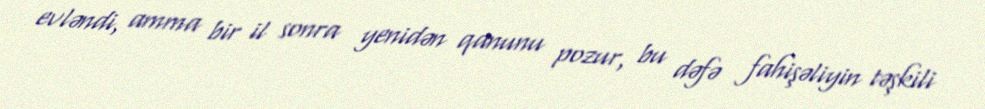
evləndi, amma bir il sonra yenidən qanunu pozur, bu dəfə fahişəliyin təşkili